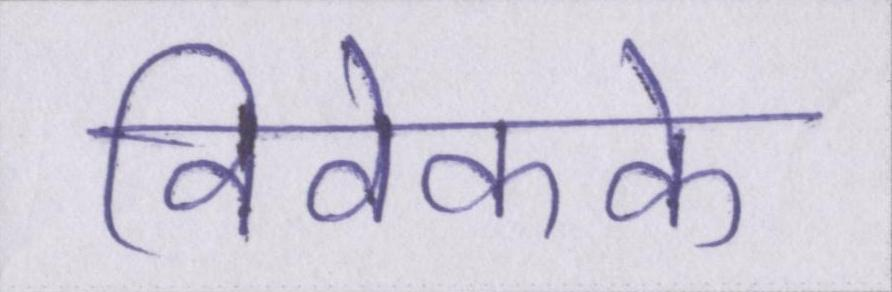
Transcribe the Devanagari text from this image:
विवेकके